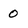
Character: 0